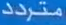
متردد